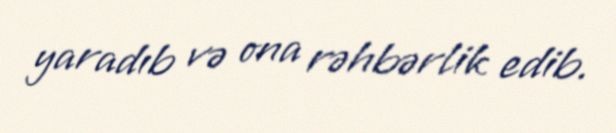
yaradıb və ona rəhbərlik edib.